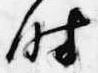
時